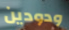
ودودين